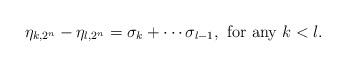
LaTeX: \begin{align*}\eta_{k,2^n}-\eta_{l,2^n}=\sigma_k+\cdots\sigma_{l-1}, \mbox{ for any } k<l.\end{align*}